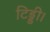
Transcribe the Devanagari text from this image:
टिड्डी।